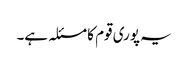
یہ پوری قوم کا مسئلہ ہے۔